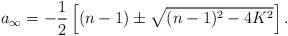
\begin{align*}a_\infty = - \frac12 \left[(n-1) \pm \sqrt{(n-1)^2 - 4 K^2}\right].\end{align*}